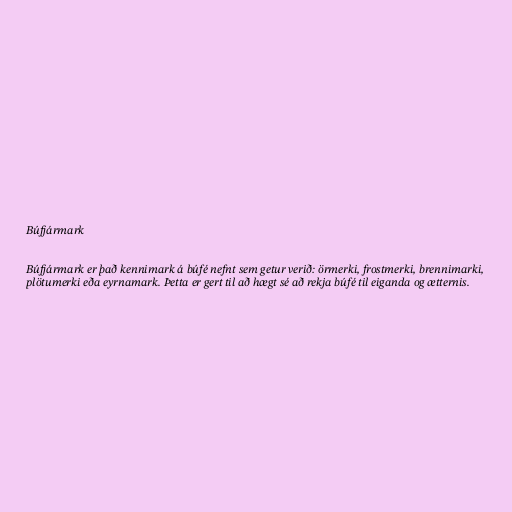
Búfjármark

Búfjármark er það kennimark á búfé nefnt sem getur verið: örmerki, frostmerki, brennimarki,
plötumerki eða eyrnamark. Þetta er gert til að hægt sé að rekja búfé til eiganda og ætternis.